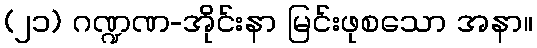
(၂၁) ဂဏ္ဍဏ-အိုင်းနာ မြင်းဖုစသော အနာ။